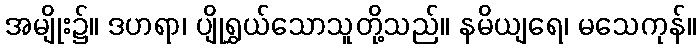
အမျိုး၌။ ဒဟရာ၊ ပျိုရွှယ်သောသူတို့သည်။ နမိယျရေ၊ မသေကုန်။